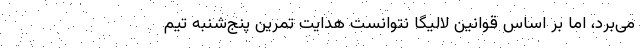
می‌برد، اما بر اساس قوانین لالیگا نتوانست هدایت تمرین پنج‌شنبه تیم